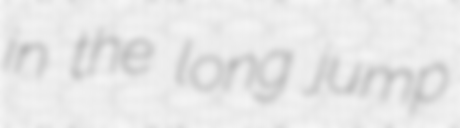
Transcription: in the long jump